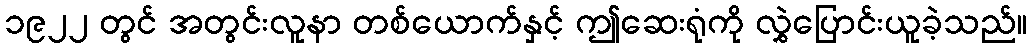
၁၉၂၂ တွင် အတွင်းလူနာ တစ်ယောက်နှင့် ဤဆေးရုံကို လွှဲပြောင်းယူခဲ့သည်။